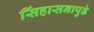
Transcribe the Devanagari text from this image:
सिंहासनापुढे